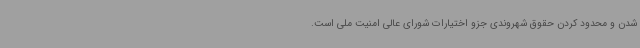
شدن و محدود کردن حقوق شهروندی جزو اختیارات شورای عالی امنیت ملی است.